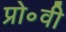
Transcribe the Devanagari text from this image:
प्रो॰वी